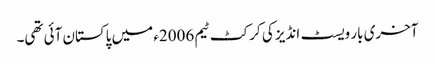
آخری بار ویسٹ انڈیز کی کرکٹ ٹیم 2006ء میں پاکستان آئی تھی۔